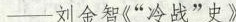
——刘金智《”冷战”史》